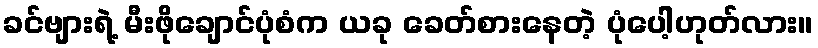
ခင်ဗျားရဲ့ မီးဖိုချောင်ပုံစံက ယခု ခေတ်စားနေတဲ့ ပုံပေါ့ဟုတ်လား။